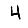
Digit: 4